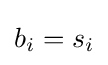
b_{i}=s_{i}